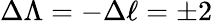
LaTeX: \Delta\Lambda=-\Delta\ell=\pm 2